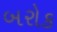
બરોક